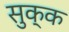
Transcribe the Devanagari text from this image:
सुक्क